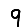
Digit: 9